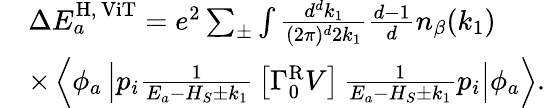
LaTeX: \begin{array}{rl}&{\Delta E_{a}^{\mathrm{H},\, \mathrm{ViT}}=e^{2}\sum_{\pm}\int\frac{d^{d}k_{1}}{(2\pi)^{d}2k_{1}}\frac{d-1}{d}n_{\beta}(k_{1})}\\ &{\times\left\langle\phi_{a}\left|p_{i}\frac{1}{E_{a}-H_{S}\pm k_{1}}\right.\right.\left[\Gamma_{0}^{\mathrm{R}}V\right]\left.\left.\frac{1}{E_{a}-H_{S}\pm k_{1}}p_{i}\right|\phi_{a}\right\rangle.}\end{array}